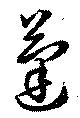
蓬